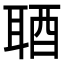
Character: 𨠧